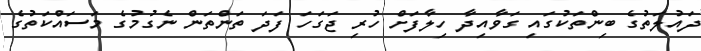
ދައުލަތުގެ ބިންތަކުގައި ގަވާއިދާ ހިލާފަށް ހުރި ޖަގަހަ ފަދަ ތަންތަން ނެގުމުގެ މަސައްކަތުގެ